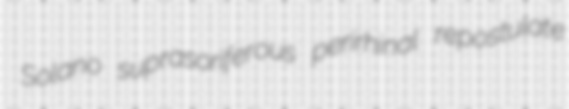
Solano suprasoriferous perirhinal repostulate